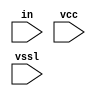
// This program was cloned from: https://github.com/chipsalliance/aib-phy-hardware
// License: Apache License 2.0

// SPDX-License-Identifier: Apache-2.0
// Copyright (C) 2019 Intel Corporation. 
// Library - aibcr_lib, Cell - aibcr_str_ioload, View - schematic
// LAST TIME SAVED: May 13 16:11:12 2015
// NETLIST TIME: May 14 11:14:35 2015
// `timescale 1ns / 1ns 

module aibcr3_str_ioload ( in, vcc, vssl );

input  in, vcc, vssl;

// Buses in the design

wire  net5;


// specify 
//     specparam CDS_LIBNAME  = "aibcr_lib";
//     specparam CDS_CELLNAME = "aibcr_str_ioload";
//     specparam CDS_VIEWNAME = "schematic";
// endspecify

assign net5 = ~in ;

endmodule